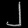
Digit: ၂